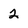
Character: 2